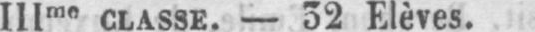
IIIme classe. - 32 Elèves.